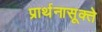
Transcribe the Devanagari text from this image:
प्रार्थनासूक्ते